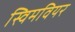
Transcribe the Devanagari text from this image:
स्विमवियर